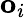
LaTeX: \mathbf{o}_{i}